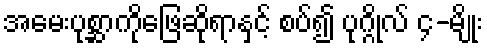
အမေးပုစ္ဆာကိုဖြေဆိုရာနှင့် စပ်၍ ပုဂ္ဂိုလ် ၄-မျိုး